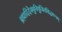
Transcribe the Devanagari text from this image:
ब्रह्मादिदेवमुनिपूजितसिद्धमन्त्रम्